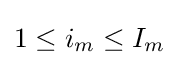
1\leq i_{m}\leq I_{m}